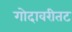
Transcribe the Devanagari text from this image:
गोदावरीतट